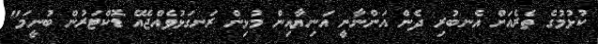
ކުޅުމުގެ ތެރެއަށް އެނބުރި ދެން އަންނާނީ އަނިޔާއިން މުޅިން ރަނގަޅުވެއްޖެއޭ ޑޮކްޓަރުން ބުނީމަ"